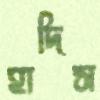
হাদিস